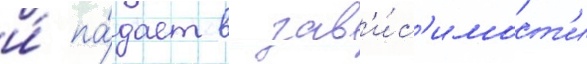
и́ па́дает в зав'и́с'имост'и